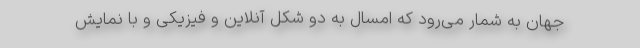
جهان به شمار می‌رود که امسال به دو ‌شکل آنلاین و فیزیکی و با نمايش